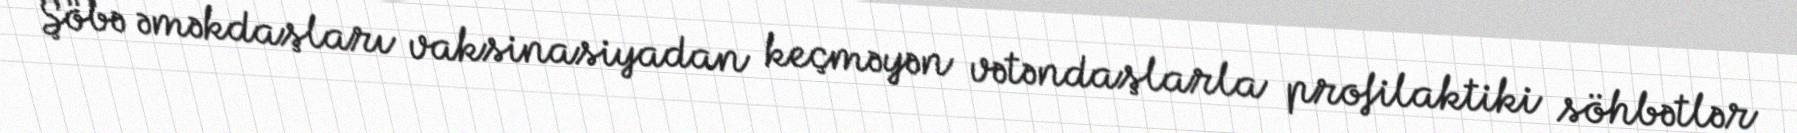
Şöbə əməkdaşları vaksinasiyadan keçməyən vətəndaşlarla profilaktiki söhbətlər